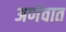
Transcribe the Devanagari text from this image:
अर्णवात